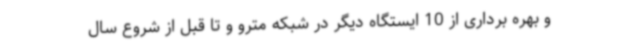
و بهره برداری از 10 ایستگاه دیگر در شبکه مترو و تا قبل از شروع سال